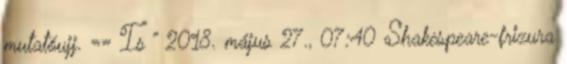
mutatóujj. == Is ” 2018. május 27., 07:40 ‎Shakespeare-frizura